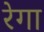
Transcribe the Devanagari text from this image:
रेगा